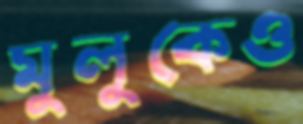
মুলুকেও